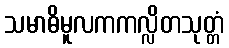
သမာဓိမူလကကလ္လိတသုတ္တံ